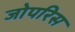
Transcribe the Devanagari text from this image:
जोपरिस